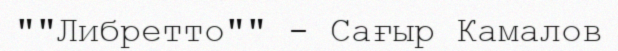
""Либретто"" - Сағыр Камалов